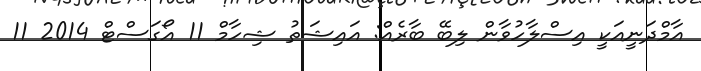
އާމްދަނީއަކީ އިސްލާހުވާން ލިބޭ ބާރެއް: އައިޝަތު ޝިހާމް 11 އޯގަސްޓް 2014 11